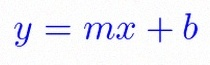
y=mx+b